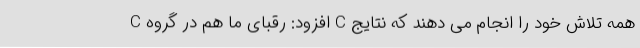
C افزود: رقبای ما هم در گروه C همه تلاش خود را انجام می دهند که نتایج